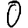
Digit: 0